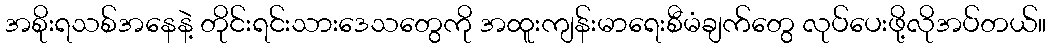
အစိုးရသစ်အနေနဲ့ တိုင်းရင်းသားဒေသတွေကို အထူးကျန်းမာရေးစီမံချက်တွေ လုပ်ပေးဖို့လိုအပ်တယ်။